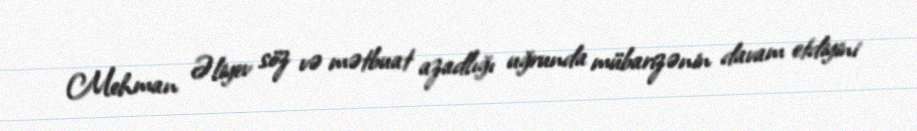
Mehman Əliyev söz və mətbuat azadlığı uğrunda mübarizənin davam etdiyini